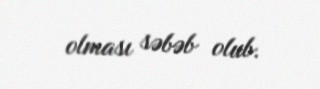
olması səbəb olub.